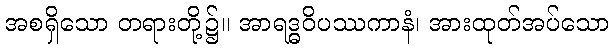
အစရှိသော တရားတို့၌။ အာရဒ္ဓဝိပဿကာနံ၊ အားထုတ်အပ်သော